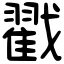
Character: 戳